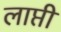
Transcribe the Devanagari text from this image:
लाप्ती